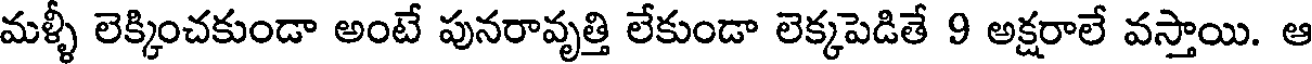
మళ్ళీ లెక్కించకుండా అంటే పునరావృత్తి లేకుండా లెక్కపెడితే 9 అక్షరాలే వస్తాయి. ఆ